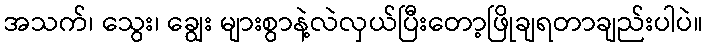
အသက်၊ သွေး၊ ချွေး များစွာနဲ့လဲလှယ်ပြီးတော့ဖြိုချရတာချည်းပါပဲ။